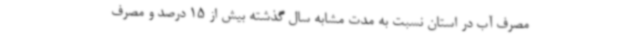
مصرف آب در استان نسبت به مدت مشابه سال گذشته بیش از 15 درصد و مصرف